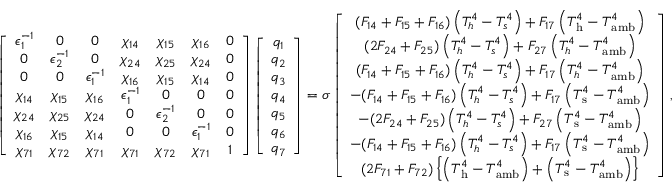
\left[ \begin{array} { c c c c c c c } { \epsilon _ { 1 } ^ { - 1 } } & { 0 } & { 0 } & { \chi _ { 1 4 } } & { \chi _ { 1 5 } } & { \chi _ { 1 6 } } & { 0 } \\ { 0 } & { \epsilon _ { 2 } ^ { - 1 } } & { 0 } & { \chi _ { 2 4 } } & { \chi _ { 2 5 } } & { \chi _ { 2 4 } } & { 0 } \\ { 0 } & { 0 } & { \epsilon _ { 1 } ^ { - 1 } } & { \chi _ { 1 6 } } & { \chi _ { 1 5 } } & { \chi _ { 1 4 } } & { 0 } \\ { \chi _ { 1 4 } } & { \chi _ { 1 5 } } & { \chi _ { 1 6 } } & { \epsilon _ { 1 } ^ { - 1 } } & { 0 } & { 0 } & { 0 } \\ { \chi _ { 2 4 } } & { \chi _ { 2 5 } } & { \chi _ { 2 4 } } & { 0 } & { \epsilon _ { 2 } ^ { - 1 } } & { 0 } & { 0 } \\ { \chi _ { 1 6 } } & { \chi _ { 1 5 } } & { \chi _ { 1 4 } } & { 0 } & { 0 } & { \epsilon _ { 1 } ^ { - 1 } } & { 0 } \\ { \chi _ { 7 1 } } & { \chi _ { 7 2 } } & { \chi _ { 7 1 } } & { \chi _ { 7 1 } } & { \chi _ { 7 2 } } & { \chi _ { 7 1 } } & { 1 } \end{array} \right] \left[ \begin{array} { c } { q _ { 1 } } \\ { q _ { 2 } } \\ { q _ { 3 } } \\ { q _ { 4 } } \\ { q _ { 5 } } \\ { q _ { 6 } } \\ { q _ { 7 } } \end{array} \right] = \sigma \left[ \begin{array} { c } { ( F _ { 1 4 } + F _ { 1 5 } + F _ { 1 6 } ) \left( T _ { h } ^ { 4 } - T _ { s } ^ { 4 } \right) + F _ { 1 7 } \left( T _ { \mathrm { h } } ^ { 4 } - T _ { \mathrm { a m b } } ^ { 4 } \right) } \\ { ( 2 F _ { 2 4 } + F _ { 2 5 } ) \left( T _ { h } ^ { 4 } - T _ { s } ^ { 4 } \right) + F _ { 2 7 } \left( T _ { h } ^ { 4 } - T _ { \mathrm { a m b } } ^ { 4 } \right) } \\ { ( F _ { 1 4 } + F _ { 1 5 } + F _ { 1 6 } ) \left( T _ { h } ^ { 4 } - T _ { s } ^ { 4 } \right) + F _ { 1 7 } \left( T _ { h } ^ { 4 } - T _ { \mathrm { a m b } } ^ { 4 } \right) } \\ { - ( F _ { 1 4 } + F _ { 1 5 } + F _ { 1 6 } ) \left( T _ { h } ^ { 4 } - T _ { s } ^ { 4 } \right) + F _ { 1 7 } \left( T _ { \mathrm { s } } ^ { 4 } - T _ { \mathrm { a m b } } ^ { 4 } \right) } \\ { - ( 2 F _ { 2 4 } + F _ { 2 5 } ) \left( T _ { h } ^ { 4 } - T _ { s } ^ { 4 } \right) + F _ { 2 7 } \left( T _ { \mathrm { s } } ^ { 4 } - T _ { \mathrm { a m b } } ^ { 4 } \right) } \\ { - ( F _ { 1 4 } + F _ { 1 5 } + F _ { 1 6 } ) \left( T _ { h } ^ { 4 } - T _ { s } ^ { 4 } \right) + F _ { 1 7 } \left( T _ { \mathrm { s } } ^ { 4 } - T _ { \mathrm { a m b } } ^ { 4 } \right) } \\ { ( 2 F _ { 7 1 } + F _ { 7 2 } ) \left\{ \left( T _ { \mathrm { h } } ^ { 4 } - T _ { \mathrm { a m b } } ^ { 4 } \right) + \left( T _ { \mathrm { s } } ^ { 4 } - T _ { \mathrm { a m b } } ^ { 4 } \right) \right\} } \end{array} \right] { , }